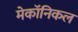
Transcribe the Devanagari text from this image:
मेकॉनिकल